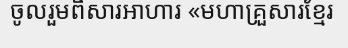
ចូលរួមពិសារអាហារ «មហាគ្រួសារខ្មែរ